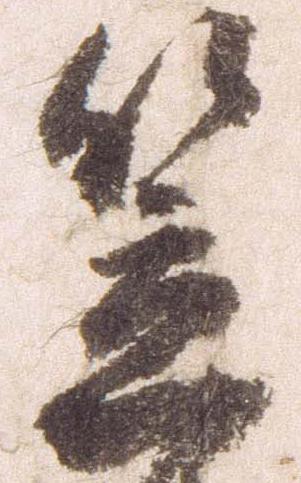
笠